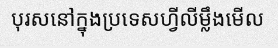
បុរសនៅក្នុងប្រទេសហ្វីលីម្លឹងមើល